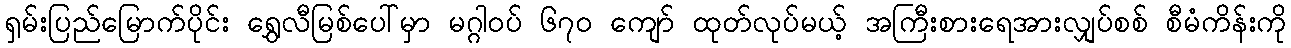
ရှမ်းပြည်မြောက်ပိုင်း ရွှေလီမြစ်ပေါ်မှာ မဂ္ဂါဝပ် ၆၇ဝ ကျော် ထုတ်လုပ်မယ့် အကြီးစားရေအားလျှပ်စစ် စီမံကိန်းကို